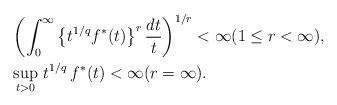
LaTeX: \begin{align*}&\left(\int_0^\infty\left\{t^{1/q}f^*(t)\right\}^r\frac{dt}{t}\right)^{1/r}<\infty (1\leq r<\infty), \\&\sup_{t>0}\,t^{1/q}\,f^*(t)<\infty (r=\infty).\end{align*}